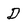
Character: D